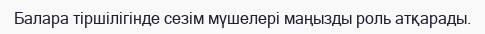
Балара тіршілігінде сезім мүшелері маңызды роль атқарады.